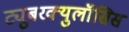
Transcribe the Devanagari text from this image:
ट्युुबरक्युलॉसिस